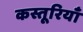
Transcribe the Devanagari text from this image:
कस्तूरियाँ